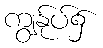
ကျွန်ုပ်၌